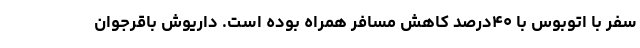
سفر با اتوبوس با ۴۰درصد کاهش مسافر همراه بوده‌ است. داریوش باقرجوان